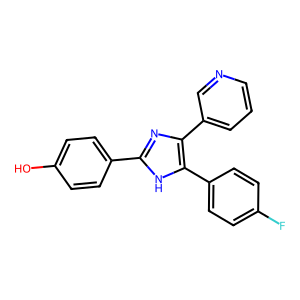
SMILES: Oc1ccc(-c2nc(-c3cccnc3)c(-c3ccc(F)cc3)[nH]2)cc1
Inhibits HIV replication: No